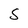
Character: S